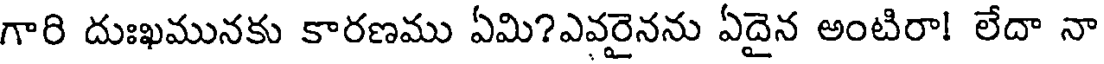
గారి దుఃఖమునకు కారణము ఏమి?ఎవరైనను ఏదైన అంటిరా! లేదా నా